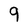
Character: 9